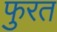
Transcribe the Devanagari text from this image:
फुरत